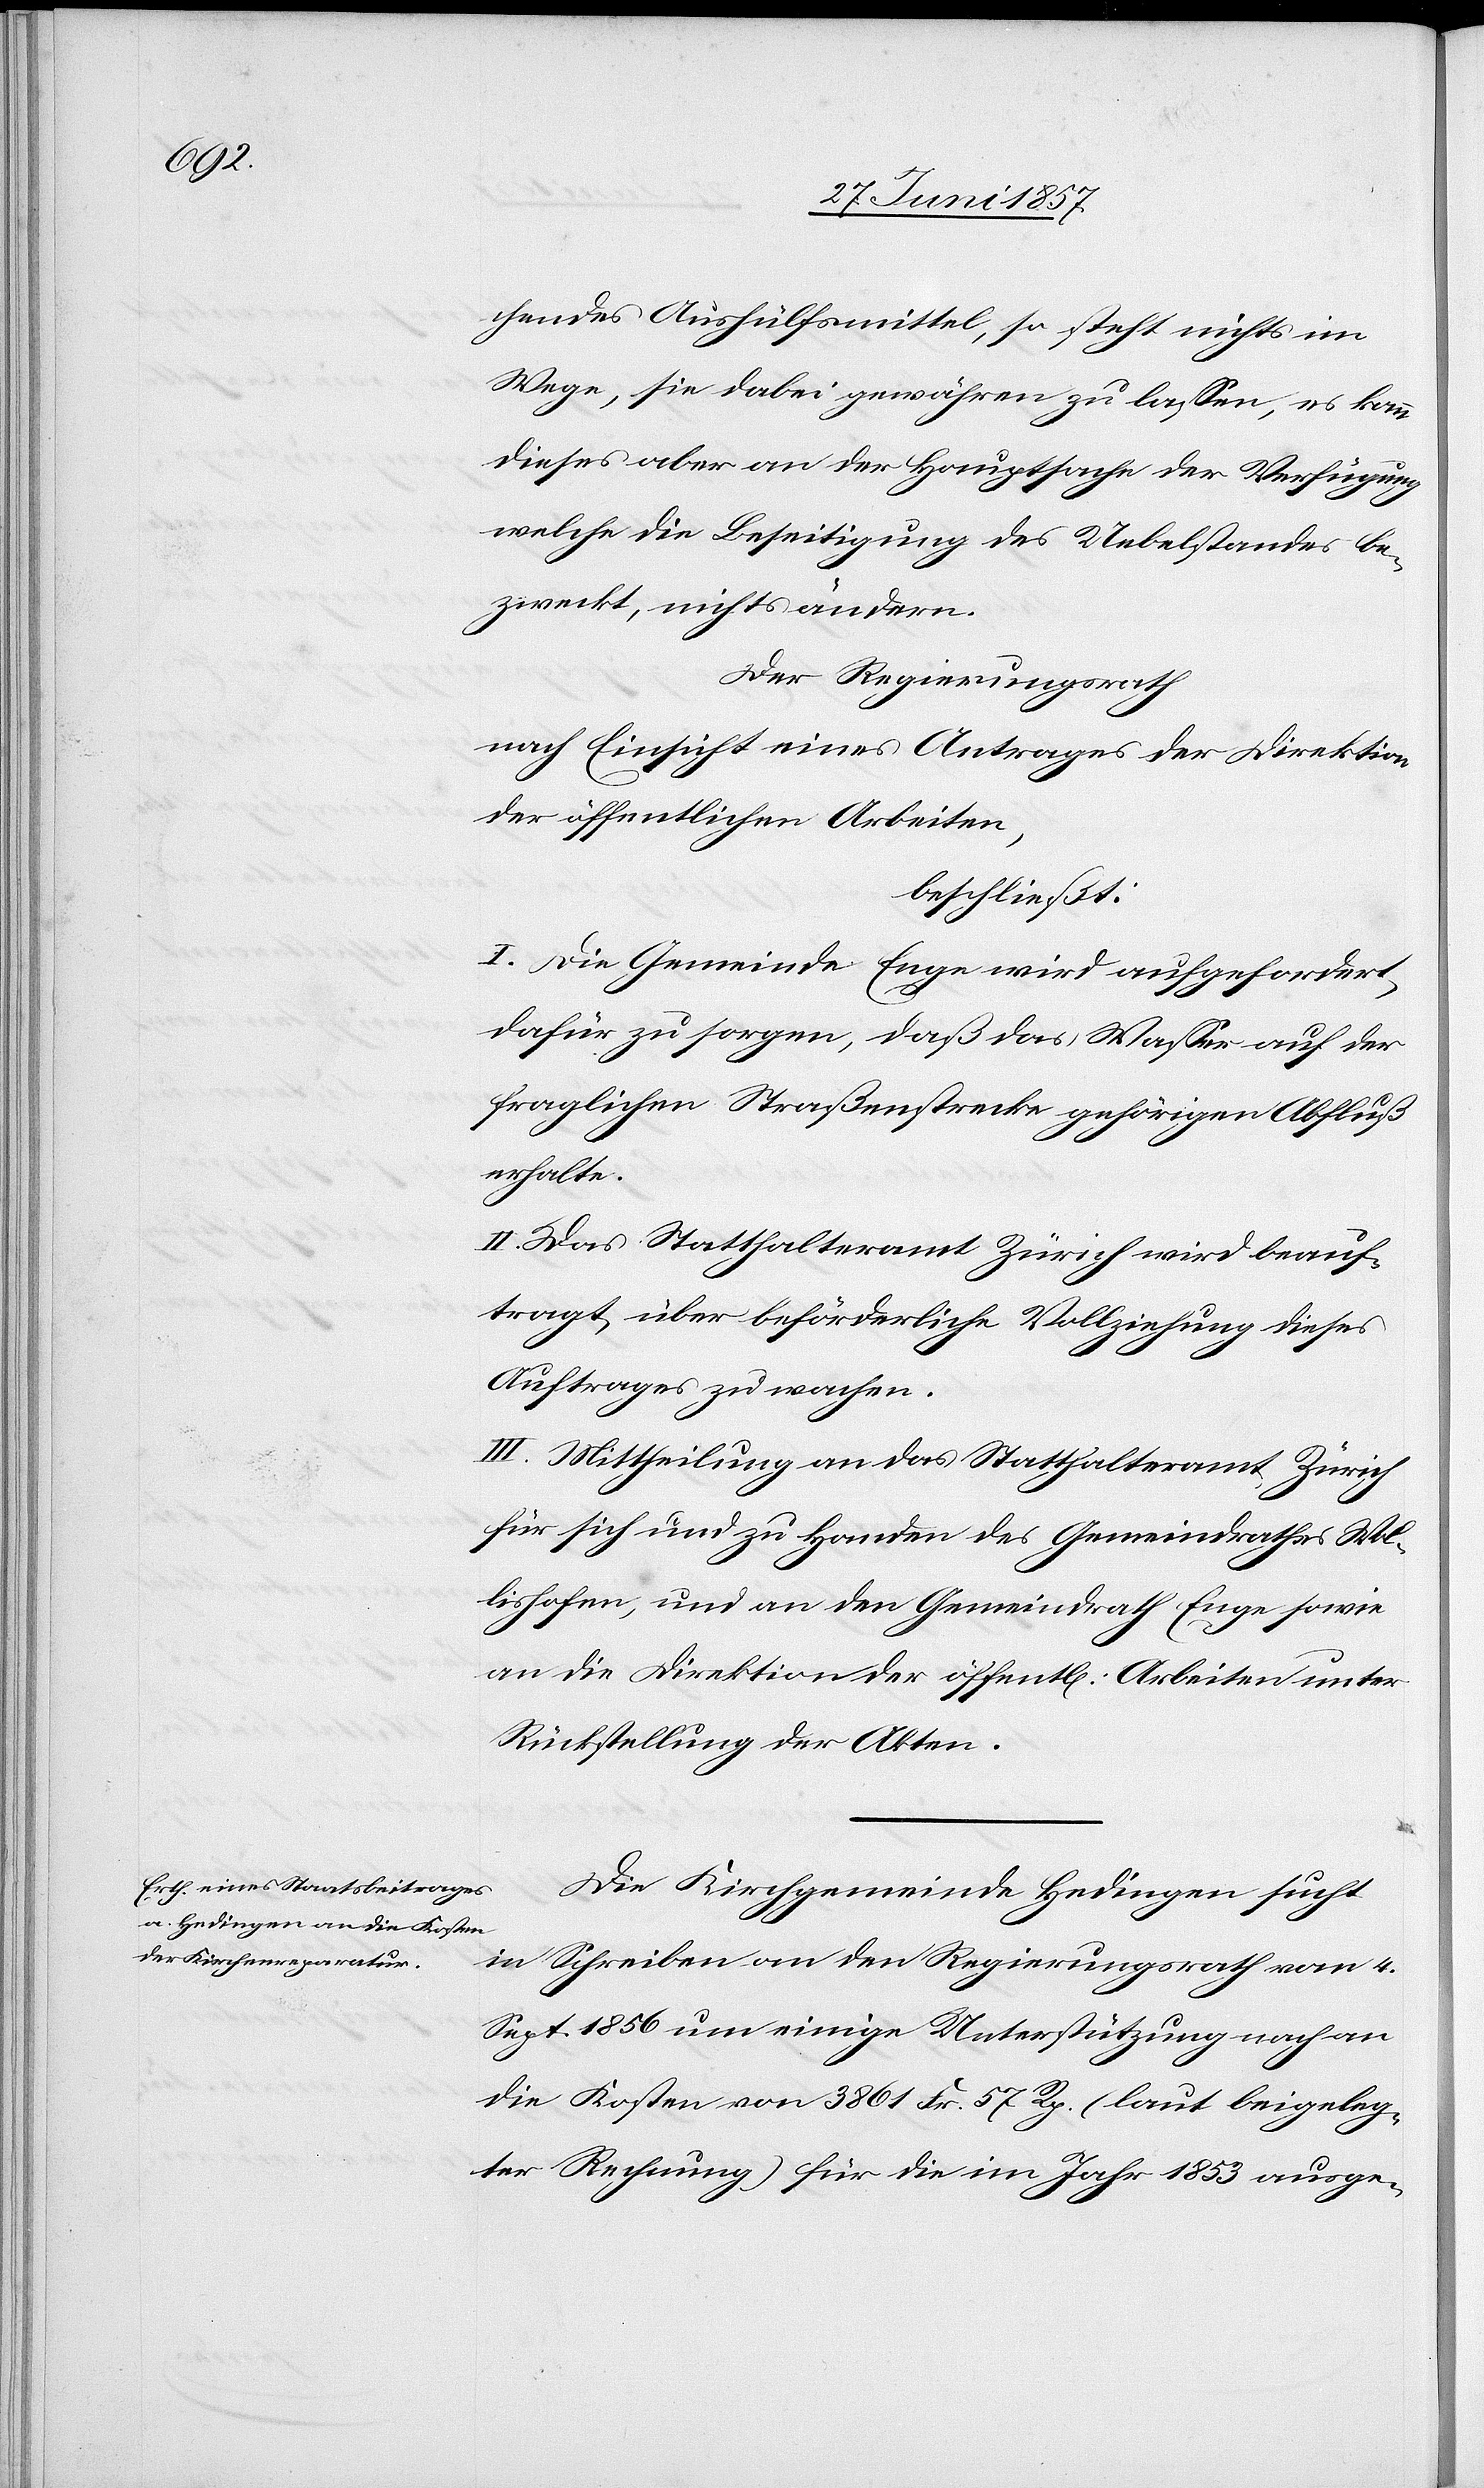
chendes Aushülfsmittel, so steht nichts im
Wege, sie dabei gewähren zu lassen, es kann
dieses aber an der Hauptsache der Verfügung
welche die Beseitigung des Uebelstandes be¬
zweckt, nichts ändern.
Der Regierungsrath
nach Einsicht eines Antrages der Direktion
der öffentlichen Arbeiten,
beschließt:
I. Die Gemeinde Enge wird aufgefordert
dafür zu sorgen, daß das Wasser auf der
fraglichen Straßenstrecke gehörigen Abfluß
erhalte.
II. Das Statthalteramt Zürich wird beauf¬
tragt über beförderliche Vollziehung dieses
Auftrages zu wachen.
III. Mittheilung an das Statthalteramt Zürich
für sich und zu Handen des Gemeindrathes Wol¬
lishofen, und an den Gemeindrath Enge sowie
an die Direktion der öffentl. Arbeiten unter
Rückstellung der Akten.
Die Kirchgemeinde Hedingen sucht
in Schreiben an den Regierungsrath vom 4
Sept. 1856 um einige Unterstützung nach an
die Kosten von 3 861 Fr. 57 Rp. (laut beigeleg¬
ter Rechnung) für die im Jahr 1853 ausge-